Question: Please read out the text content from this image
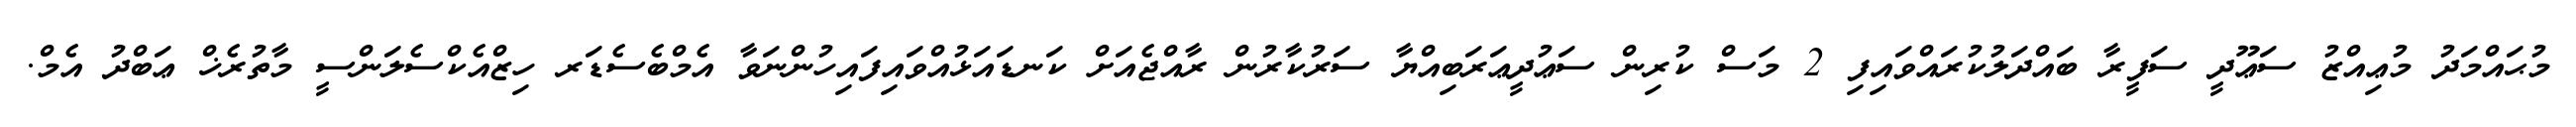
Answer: މުޙައްމަދު މުޢިއްޒު ސަޢޫދީ ސަފީރާ ބައްދަލުކުރައްވައިފި 2 މަސް ކުރިން ސަޢުދީޢަރަބިއްޔާ ސަރުކާރުން ރާއްޖެއަށް ކަނޑައަޅުއްވައިފައިހުންނަވާ އެމްބެސެޑަރ ހިޒްއެކްސެލަންސީ މާތުރެޚް ޢަބްދު އެމް.